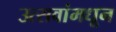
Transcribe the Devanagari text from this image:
उत्सवांमधून